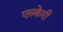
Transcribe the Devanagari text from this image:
एसकेपी